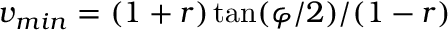
v _ { m i n } = ( 1 + r ) \tan ( \varphi / 2 ) / ( 1 - r )